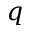
q